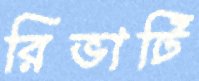
রিভাটি